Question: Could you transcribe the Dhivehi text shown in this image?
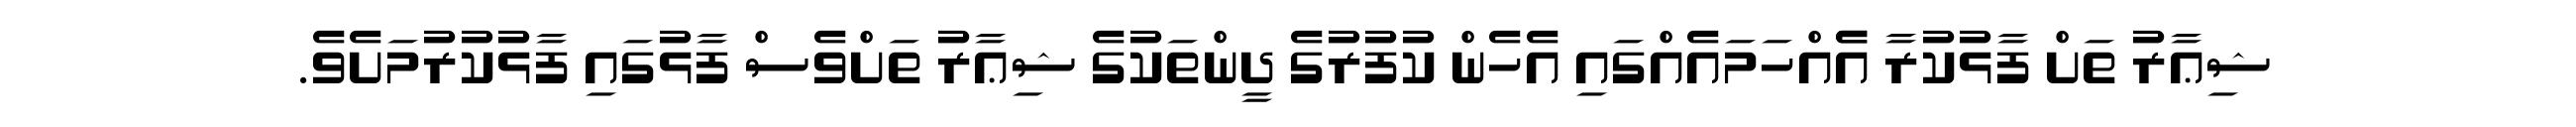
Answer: ޝިޢާރު ތަށް ފާޅުކުރާ އެެއްހަމައެއްގައި އެހެން ކުފުރުގެ ދީންތަކުގެ ޝިޢާރު ތަށްވެސް ފާޅުގައި ފާޅުކުރުމަށެވެ.